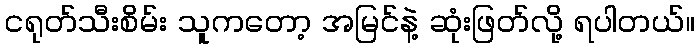
ငရုတ်သီးစိမ်း သူကတော့ အမြင်နဲ့ ဆုံးဖြတ်လို့ ရပါတယ်။